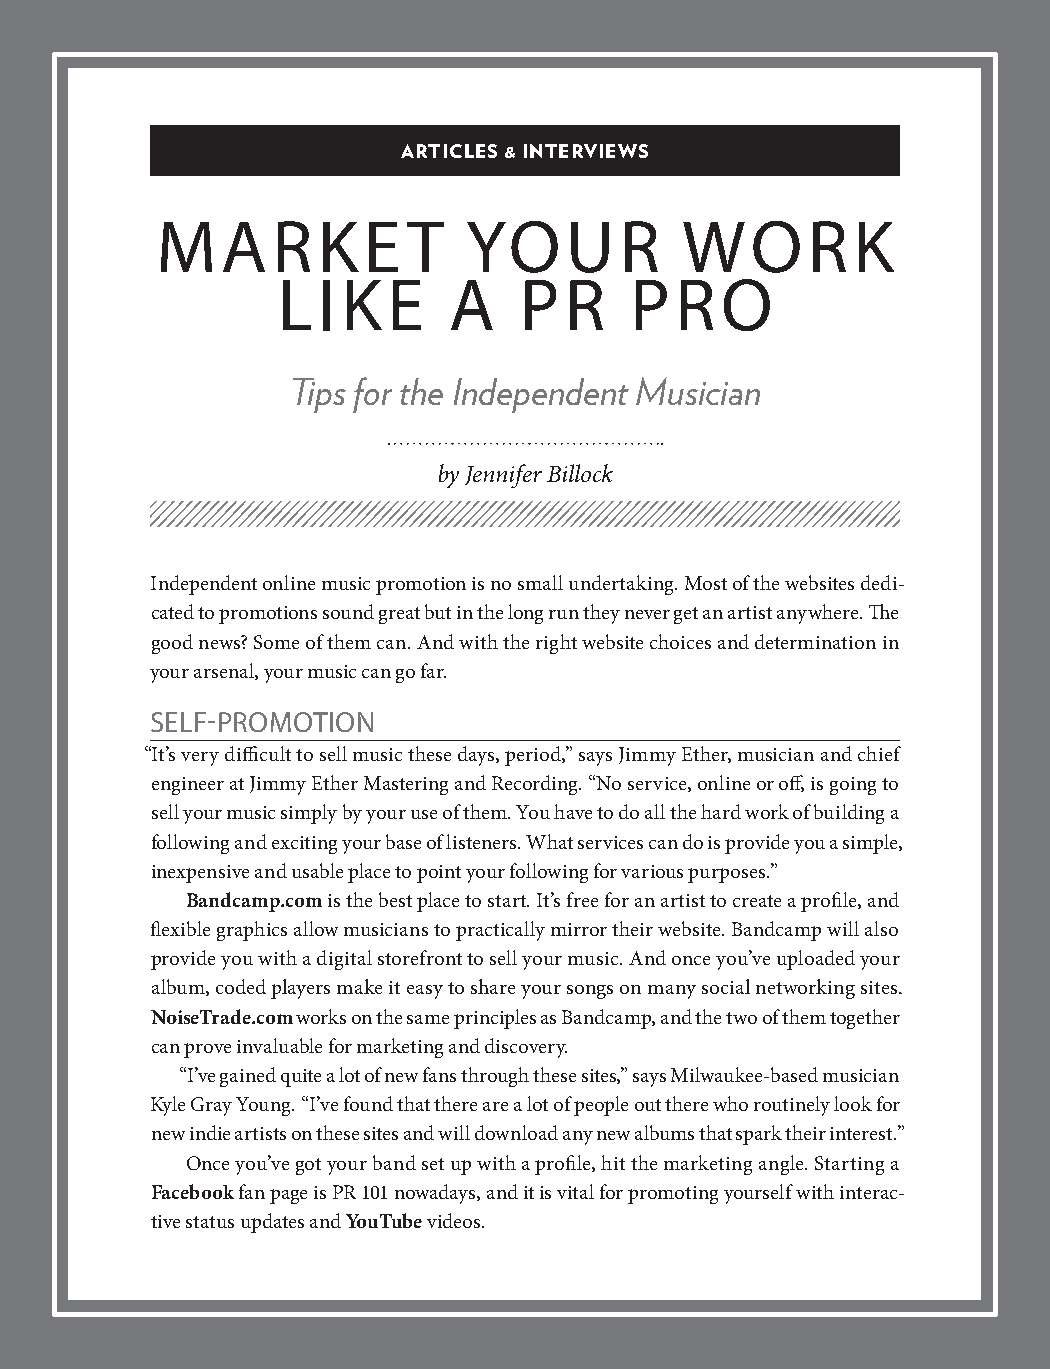
ARTICLES & INTERVIEWS
 MARKE            T   YOUR          WORK
 LIKE        A   PR      PRO
 Tips for the Independent Musician
 by Jennifer Billock
 Independent online music promotion is no small undertaking. Most of the websites dedi-
 cated to promotions sound great but in the long run they never get an artist anywhere. The
 good news? Some of them can. And with the right website choices and determination in
 your arsenal, your music can go far.
 SELF-PROMOTION
 “It’s very difficult to sell music these days, period,” says Jimmy Ether, musician and chief
 engineer at Jimmy Ether Mastering and Recording. “No service, online or off, is going to
 sell your music simply by your use of them. You have to do all the hard work of building a
 following and exciting your base of listeners. What services can do is provide you a simple,
 inexpensive and usable place to point your following for various purposes.”
 Bandcamp.com is the best place to start. It’s free for an artist to create a profile, and
 flexible graphics allow musicians to practically mirror their website. Bandcamp will also
 provide you with a digital storefront to sell your music. And once you’ve uploaded your
 album, coded players make it easy to share your songs on many social networking sites.
 NoiseTrade.com works on the same principles as Bandcamp, and the two of them together
 can prove invaluable for marketing and discovery.
 “I’ve gained quite a lot of new fans through these sites,” says Milwaukee-based musician
 Kyle Gray Young. “I’ve found that there are a lot of people out there who routinely look for
 new indie artists on these sites and will download any new albums that spark their interest.”
 Once you’ve got your band set up with a profile, hit the marketing angle. Starting a
 Facebook fan page is PR 101 nowadays, and it is vital for promoting yourself with interac-
 tive status updates and YouTube videos.